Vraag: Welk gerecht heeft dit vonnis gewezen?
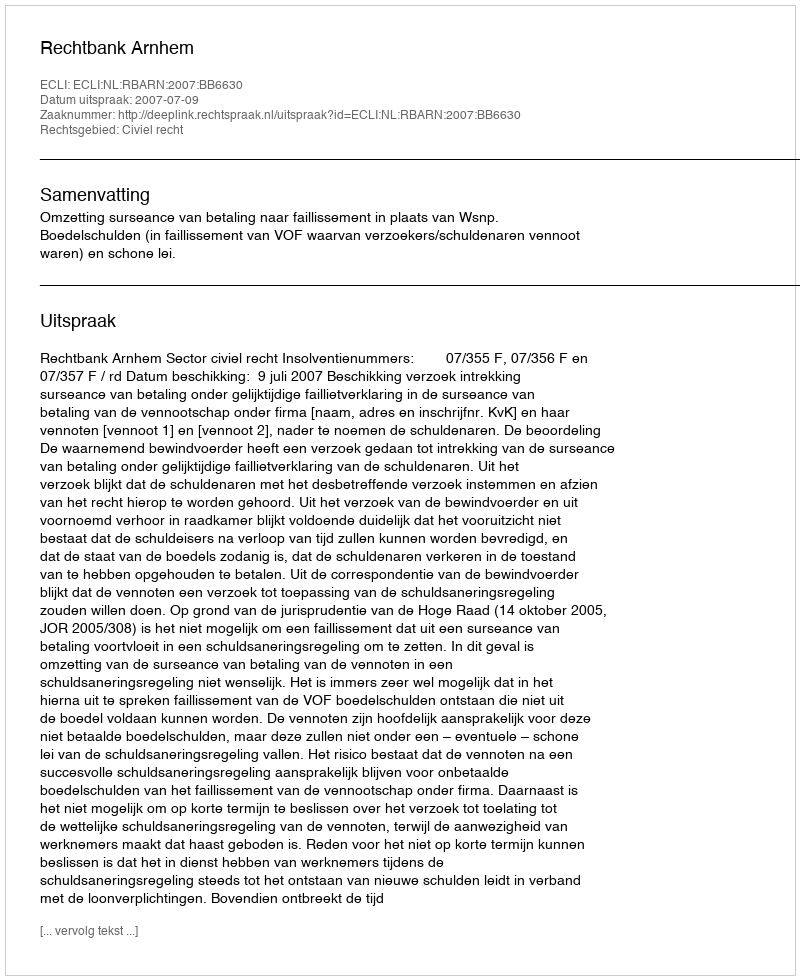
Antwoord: Rechtbank Arnhem